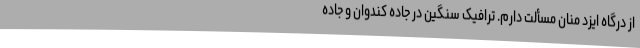
از درگاه ايزد منان مسألت دارم. ترافیک سنگین در جاده کندوان و جاده